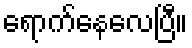
ရောက်နေလေပြီ။